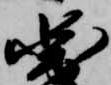
図